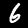
Label: 6